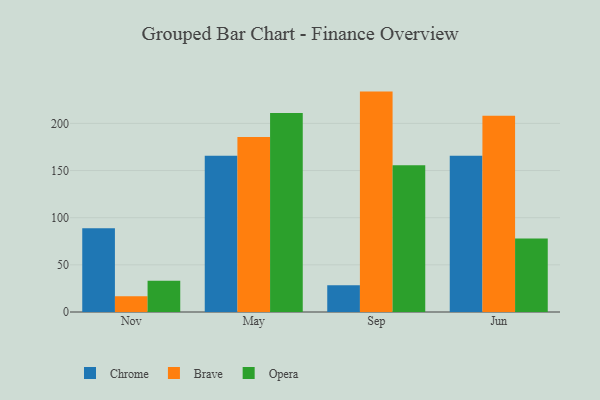
{"axis": {"x": "Month", "y": "Population (Million)"}, "legend": ["Brave", "Chrome", "Opera"], "data": [{"x": "Nov", "y": 88.7, "type": "Chrome"}, {"x": "Nov", "y": 16.8, "type": "Brave"}, {"x": "Nov", "y": 33.2, "type": "Opera"}, {"x": "May", "y": 165.7, "type": "Chrome"}, {"x": "May", "y": 185.5, "type": "Brave"}, {"x": "May", "y": 210.9, "type": "Opera"}, {"x": "Sep", "y": 28.3, "type": "Chrome"}, {"x": "Sep", "y": 233.7, "type": "Brave"}, {"x": "Sep", "y": 155.6, "type": "Opera"}, {"x": "Jun", "y": 165.8, "type": "Chrome"}, {"x": "Jun", "y": 208.1, "type": "Brave"}, {"x": "Jun", "y": 77.9, "type": "Opera"}]}